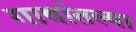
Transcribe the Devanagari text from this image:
गावांतल्या